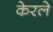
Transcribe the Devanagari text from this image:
केरले